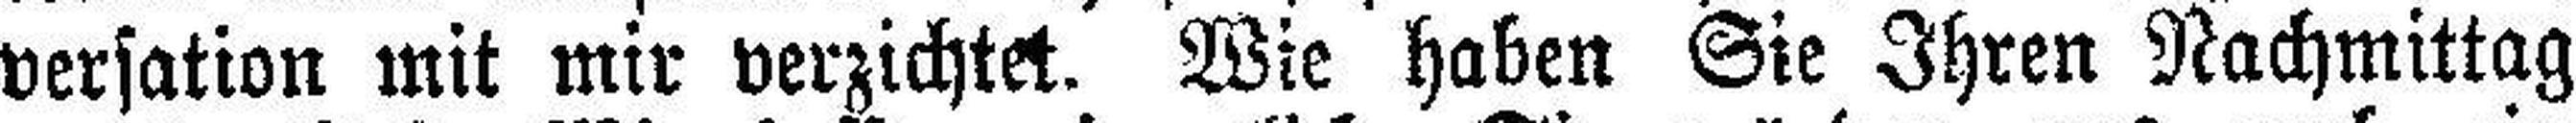
versation mit mir verzichtet. Wie haben Sie Ihren Nachmittag